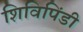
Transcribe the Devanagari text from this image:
शिविपिंडी